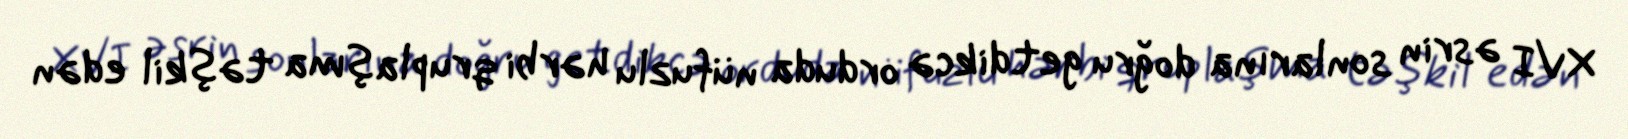
XVI əsrin sonlarına doğru getdikcə orduda nüfuzlu hərbi qruplaşma təşkil edən